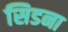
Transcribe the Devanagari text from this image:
सिडना